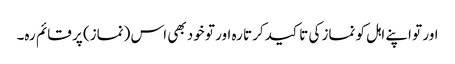
اور تو اپنے اہل کو نماز کی تا کید کرتا رہ اور تو خود بھی اس (نماز) پر قائم رہ۔